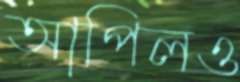
আপিলও